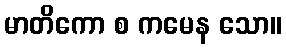
မာတိကော စ ကမေန သော။